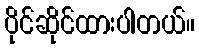
ပိုင်ဆိုင်ထားပါတယ်။